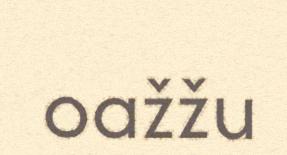
oažžu